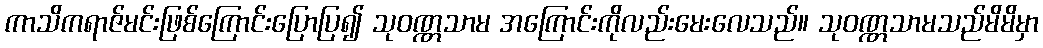
ကာသိကရာဇ်မင်းဖြစ်ကြောင်းပြောပြ၍ သုဝဏ္ဏသာမ အကြောင်းကိုလည်းမေးလေသည်။ သုဝဏ္ဏသာမသည်မိမိမှာ